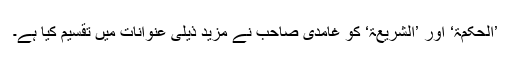
’الحکمۃ‘ اور ’الشریعۃ‘ کو غامدی صاحب نے مزید ذیلی عنوانات میں تقسیم کیا ہے۔